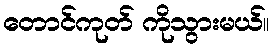
တောင်ကုတ် ကိုသွားမယ်။